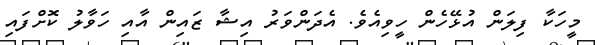
މީހަކާ ފިލަން އުޅޭހެން ހީވިއެވެ. އެދަންވަރު އިޝާ ޒައިން އާއި ހަވާލު ކޮށްފައި